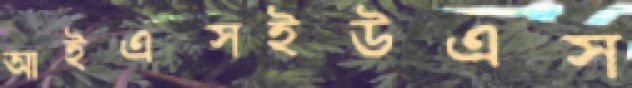
আইএক্সইউএস